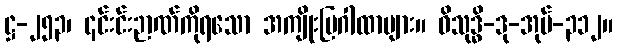
ဋ္ဌ-၂၅၃၊ ၎င်းင်းဉာဏ်ကိုရသော အကျိုးပြဂါထာများ။ ဝိသုဒ္ဓိ-ဒု-အုပ်-၃၁၂။